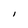
Character: l